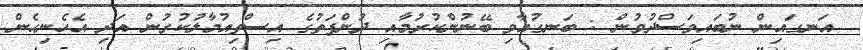
އަނގައިން ނުބައިވަސްދުވުން : ބަނގުއާވި ބޭނުންކުރުމާއި ދުންފަތުގެ އިސްތިއުމާލުކުރުން އަދި އެހެނިހެން